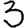
Digit: 3